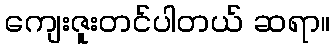
ကျေးဇူးတင်ပါတယ် ဆရာ။